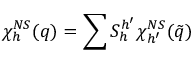
\chi _ { h } ^ { N S } ( q ) = \sum S _ { h } ^ { h ^ { \prime } } \chi _ { h ^ { \prime } } ^ { N S } ( \tilde { q } )